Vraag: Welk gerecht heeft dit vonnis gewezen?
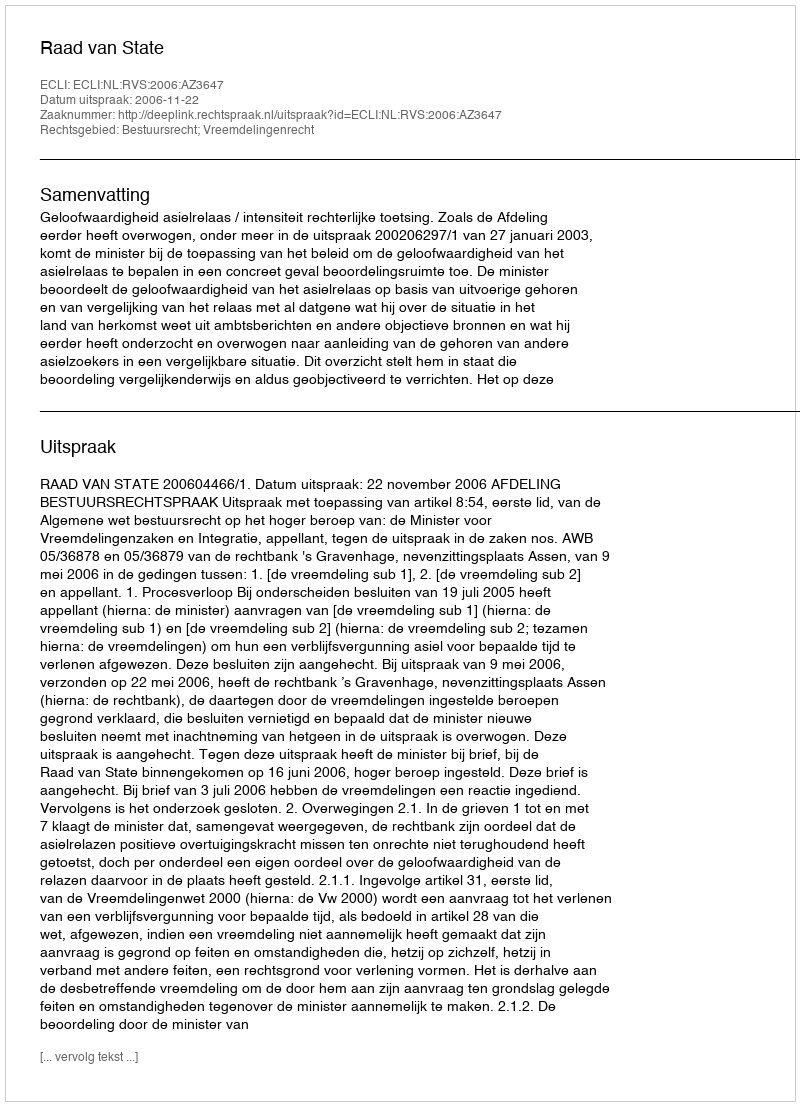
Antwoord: Raad van State